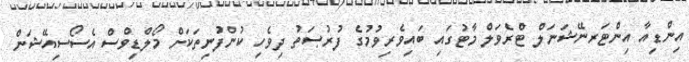
އިންޑިއާ އިންޓަރނޭޝަނަލް ޓްރެވަލް މާޓުގައި ބައިވެރިވުމުގެ ފުރުޞަތު ދިވެހި ކުންފުނިތަކަށް މޯލްޑިވްސް އެސޯސިއޭޝަން